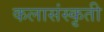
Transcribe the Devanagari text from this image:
कलासंस्कृती